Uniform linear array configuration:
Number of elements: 24
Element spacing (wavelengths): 0.75
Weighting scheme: cosine
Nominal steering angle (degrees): -45
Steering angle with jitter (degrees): -45.366
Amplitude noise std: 0.05
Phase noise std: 0.05

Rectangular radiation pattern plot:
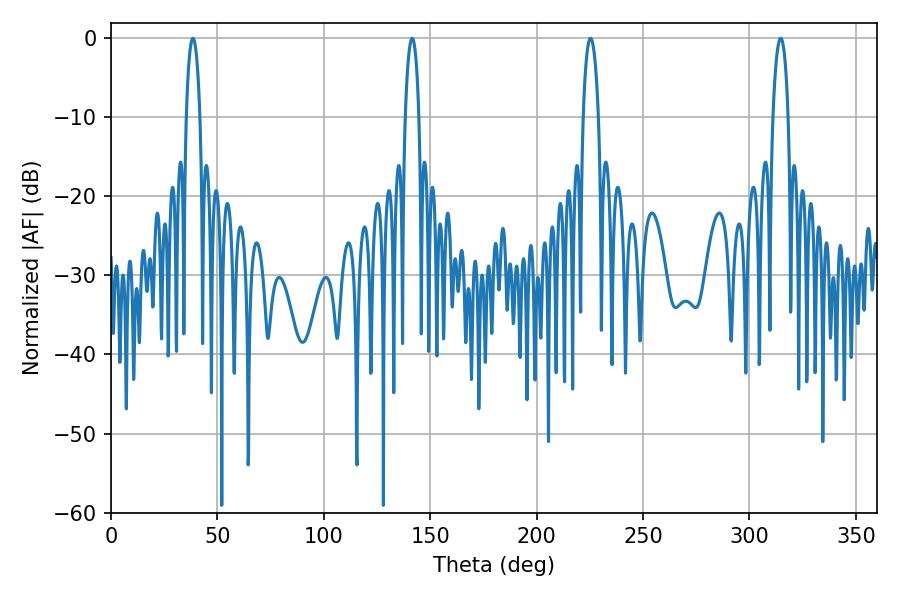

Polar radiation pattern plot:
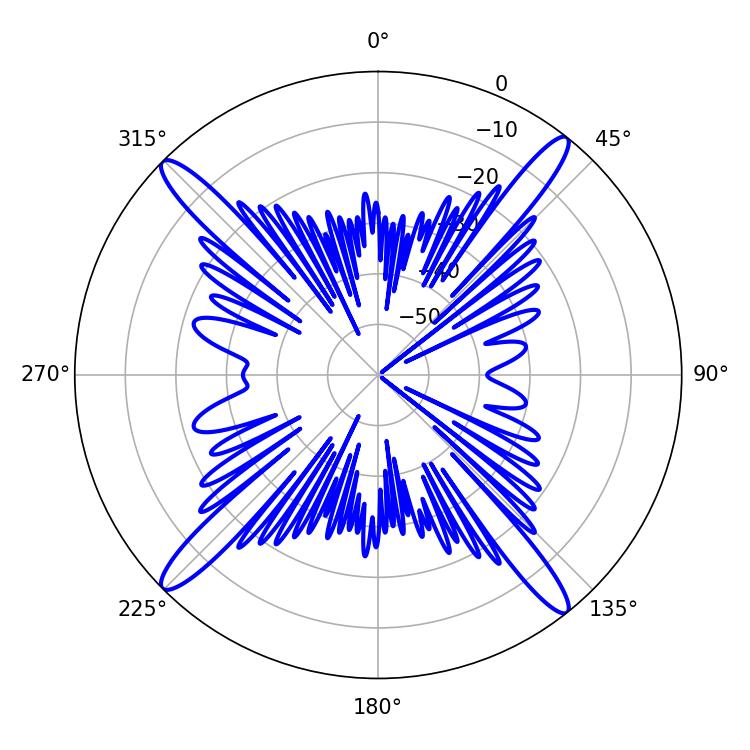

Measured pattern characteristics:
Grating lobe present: TRUE
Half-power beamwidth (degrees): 3.96
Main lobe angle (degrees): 225.36